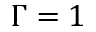
\Gamma = 1